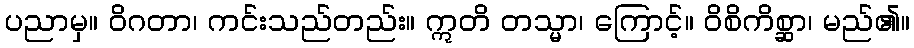
ပညာမှ။ ဝိဂတာ၊ ကင်းသည်တည်း။ ဣတိ တသ္မာ၊ ကြောင့်။ ဝိစိကိစ္ဆာ၊ မည်၏။